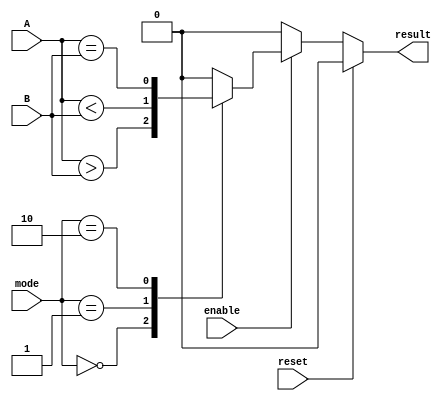
module ParameterizedComparator #(
    parameter N = 8 // Default width of input vectors
) (
    input  wire [N-1:0] A,          // First input vector
    input  wire [N-1:0] B,          // Second input vector
    input  wire [1:0] mode,         // Comparison mode: 00 = A > B, 01 = A < B, 10 = A == B
    input  wire enable,              // Enable signal to perform comparison
    input  wire reset,               // Asynchronous reset
    output reg result                // Result of the comparison
);

// Internal logic for comparison behavior
always @(*) begin
    if (reset) begin
        result = 0; // Reset output to 0
    end else if (enable) begin
        case (mode)
            2'b00: result = (A > B);    // A > B
            2'b01: result = (A < B);    // A < B
            2'b10: result = (A == B);    // A == B
            default: result = 0;         // Default case
        endcase
    end else begin
        result = 0; // If not enabled, output stays low
    end
end

endmodule